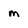
Character: m